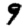
Digit: 9